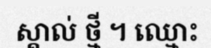
ស្គាល់ ថ្មី ។ ឈ្មោះ